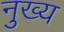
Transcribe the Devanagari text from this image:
नुख्य